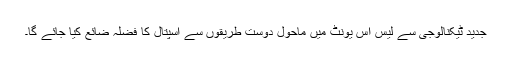
جدید ٹیکنالوجی سے لیس اس یونٹ میں ماحول دوست طریقوں سے اسپتال کا فضلہ ضائع کیا جائے گا۔